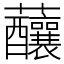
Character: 䖆